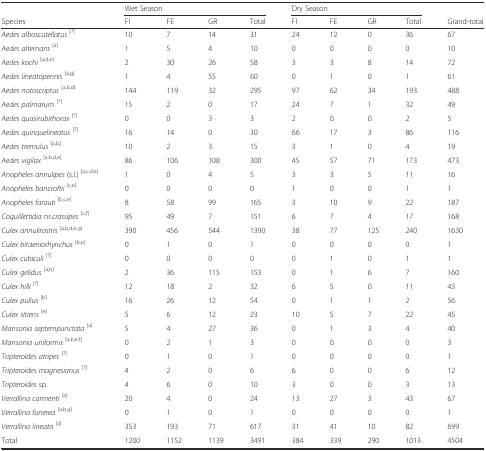
<table><thead><tr><td></td><td colspan="4"><b>Wet Season</b></td><td colspan="4"><b>Dry Season</b></td><td></td></tr><tr><td><b>Species</b></td><td><b>FI</b></td><td><b>FE</b></td><td><b>GR</b></td><td><b>Total</b></td><td><b>FI</b></td><td><b>FE</b></td><td><b>GR</b></td><td><b>Total</b></td><td><b>Grand-total</b></td></tr></thead><tbody><tr><td><i>Aedes alboscutellatus</i><sup>[?]</sup></td><td>10</td><td>7</td><td>14</td><td>31</td><td>24</td><td>12</td><td>0</td><td>36</td><td>67</td></tr><tr><td><i>Aedes alternans</i><sup>[a]</sup></td><td>1</td><td>5</td><td>4</td><td>10</td><td>0</td><td>0</td><td>0</td><td>0</td><td>10</td></tr><tr><td><i>Aedes kochi</i><sup>[a,d,e]</sup></td><td>2</td><td>30</td><td>26</td><td>58</td><td>3</td><td>3</td><td>8</td><td>14</td><td>72</td></tr><tr><td><i>Aedes lineatopennis</i><sup>[a,g]</sup></td><td>1</td><td>4</td><td>55</td><td>60</td><td>0</td><td>1</td><td>0</td><td>1</td><td>61</td></tr><tr><td><i>Aedes notoscriptus</i><sup>[a,b,d]</sup></td><td>144</td><td>119</td><td>32</td><td>295</td><td>97</td><td>62</td><td>34</td><td>193</td><td>488</td></tr><tr><td><i>Aedes palmarum</i><sup>[?]</sup></td><td>15</td><td>2</td><td>0</td><td>17</td><td>24</td><td>7</td><td>1</td><td>32</td><td>49</td></tr><tr><td><i>Aedes quasirubithorax</i><sup>[?]</sup></td><td>0</td><td>0</td><td>3</td><td>3</td><td>2</td><td>0</td><td>0</td><td>2</td><td>5</td></tr><tr><td><i>Aedes quinquelineatus</i><sup>[?]</sup></td><td>16</td><td>14</td><td>0</td><td>30</td><td>66</td><td>17</td><td>3</td><td>86</td><td>116</td></tr><tr><td><i>Aedes tremulus</i><sup>[a,b,]</sup></td><td>10</td><td>2</td><td>3</td><td>15</td><td>3</td><td>1</td><td>0</td><td>4</td><td>19</td></tr><tr><td><i>Aedes vigilax</i><sup>[a,b,d,e]</sup></td><td>86</td><td>106</td><td>108</td><td>300</td><td>45</td><td>57</td><td>71</td><td>173</td><td>473</td></tr><tr><td><i>Anopheles annulipes</i> (s.l.) <sup>[a,c,d,e]</sup></td><td>1</td><td>0</td><td>4</td><td>5</td><td>3</td><td>3</td><td>5</td><td>11</td><td>16</td></tr><tr><td><i>Anopheles bancroftii</i><sup>[c,e]</sup></td><td>0</td><td>0</td><td>0</td><td>0</td><td>1</td><td>0</td><td>0</td><td>1</td><td>1</td></tr><tr><td><i>Anopheles farauti</i><sup>[b,c,e]</sup></td><td>8</td><td>58</td><td>99</td><td>165</td><td>3</td><td>10</td><td>9</td><td>22</td><td>187</td></tr><tr><td><i>Coquillettidia</i> nr.<i>crassipes</i><sup>[c,f]</sup></td><td>95</td><td>49</td><td>7</td><td>151</td><td>6</td><td>7</td><td>4</td><td>17</td><td>168</td></tr><tr><td><i>Culex annulirostris</i><sup>[a,b,d,e,g]</sup></td><td>390</td><td>456</td><td>544</td><td>1390</td><td>38</td><td>77</td><td>125</td><td>240</td><td>1630</td></tr><tr><td><i>Culex bitaeniorhynchus</i><sup>[b,e]</sup></td><td>0</td><td>1</td><td>0</td><td>1</td><td>0</td><td>0</td><td>0</td><td>0</td><td>1</td></tr><tr><td><i>Culex cubiculi</i><sup>[?]</sup></td><td>0</td><td>0</td><td>0</td><td>0</td><td>0</td><td>1</td><td>0</td><td>1</td><td>1</td></tr><tr><td><i>Culex gelidus</i><sup>[a,b]</sup></td><td>2</td><td>36</td><td>115</td><td>153</td><td>0</td><td>1</td><td>6</td><td>7</td><td>160</td></tr><tr><td><i>Culex hilli</i><sup>[?]</sup></td><td>12</td><td>18</td><td>2</td><td>32</td><td>6</td><td>5</td><td>0</td><td>11</td><td>43</td></tr><tr><td><i>Culex pullus</i><sup>[b]</sup></td><td>16</td><td>26</td><td>12</td><td>54</td><td>0</td><td>1</td><td>1</td><td>2</td><td>56</td></tr><tr><td><i>Culex sitiens</i><sup>[e]</sup></td><td>5</td><td>6</td><td>12</td><td>23</td><td>10</td><td>5</td><td>7</td><td>22</td><td>45</td></tr><tr><td><i>Mansonia septempunctata</i><sup>[a]</sup></td><td>5</td><td>4</td><td>27</td><td>36</td><td>0</td><td>1</td><td>3</td><td>4</td><td>40</td></tr><tr><td><i>Mansonia uniformis</i><sup>[a,b,e,f]</sup></td><td>0</td><td>2</td><td>1</td><td>3</td><td>0</td><td>0</td><td>0</td><td>0</td><td>3</td></tr><tr><td><i>Tripteroides atripes</i><sup>[?]</sup></td><td>0</td><td>1</td><td>0</td><td>1</td><td>0</td><td>0</td><td>0</td><td>0</td><td>1</td></tr><tr><td><i>Tripteroides magnesianus</i><sup>[?]</sup></td><td>4</td><td>2</td><td>0</td><td>6</td><td>6</td><td>0</td><td>0</td><td>6</td><td>12</td></tr><tr><td><i>Tripteroides</i> sp.</td><td>4</td><td>6</td><td>0</td><td>10</td><td>3</td><td>0</td><td>0</td><td>3</td><td>13</td></tr><tr><td><i>Verrallina carmenti</i><sup>[a]</sup></td><td>20</td><td>4</td><td>0</td><td>24</td><td>13</td><td>27</td><td>3</td><td>43</td><td>67</td></tr><tr><td><i>Verrallina funerea</i><sup>[a,b,g]</sup></td><td>0</td><td>1</td><td>0</td><td>1</td><td>0</td><td>0</td><td>0</td><td>0</td><td>1</td></tr><tr><td><i>Verrallina lineata</i><sup>[a]</sup></td><td>353</td><td>193</td><td>71</td><td>617</td><td>31</td><td>41</td><td>10</td><td>82</td><td>699</td></tr><tr><td>Total</td><td>1200</td><td>1152</td><td>1139</td><td>3491</td><td>384</td><td>339</td><td>290</td><td>1013</td><td>4504</td></tr></tbody></table>